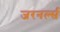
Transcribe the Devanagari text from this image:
जरनर्ल्स